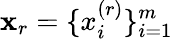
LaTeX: \mathbf{x}_{r}=\{ x_{i}^{(r)}\} _{i=1}^{m}